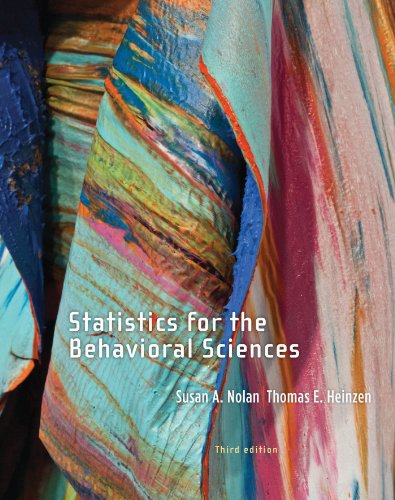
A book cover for Statistics for the Behavioral Sciences; Susan A. Nolan; Politics & Social Sciences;